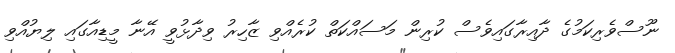
ނޫސްވެރިކަމުގެ ދާއިރާގައިވެސް ކުރިން މަސައްކަތް ކުރެއްވި ޒާހިރު ވިދާޅުވީ އޭނާ މީޑިއާގައި ލިޔުއްވި